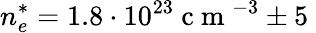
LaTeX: n_{e}^{*}=1.8\cdot 10^{23}\mathrm{~c~m~}^{-3}\pm 5\